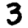
Digit: 3